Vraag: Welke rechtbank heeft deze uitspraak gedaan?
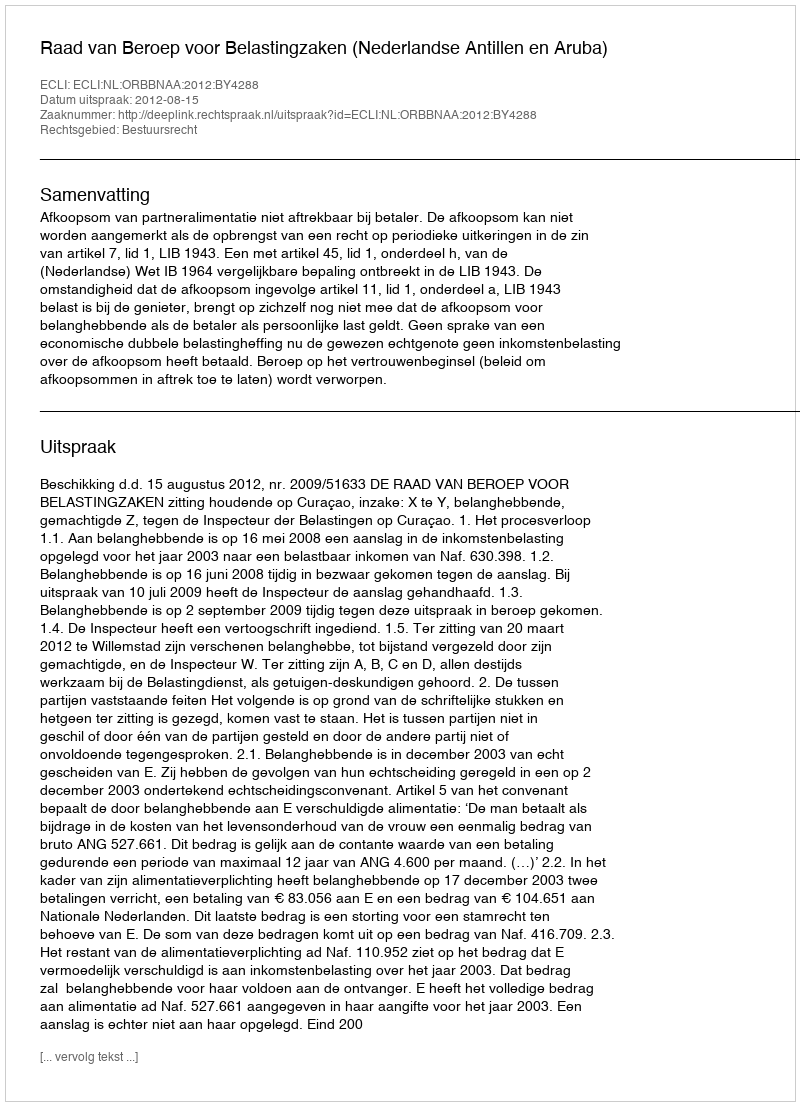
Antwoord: Raad van Beroep voor Belastingzaken (Nederlandse Antillen en Aruba)